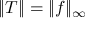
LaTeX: \| T \| = \| f \| _ { \infty }